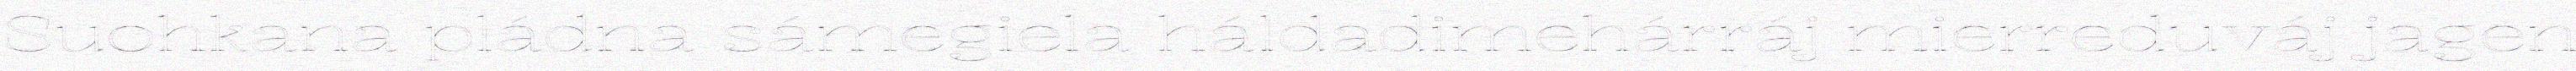
Suohkana pládna sámegiela háldadimehárráj mierreduváj jagen